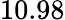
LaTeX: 10.98